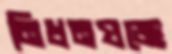
নিধনযজ্ঞে